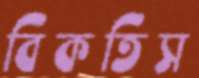
বিকতিস